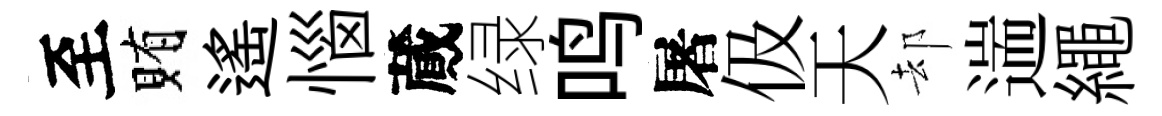
至賄遙惱蕆绿鸣屠伋天却遄繩